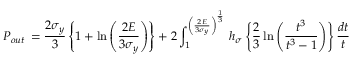
P _ { o u t } \, = \frac { 2 \sigma _ { y } } { 3 } \left\{ 1 + \ln \left( \frac { 2 E } { 3 \sigma _ { y } } \right) \right\} + 2 \int _ { 1 } ^ { \left( \frac { 2 E } { 3 \sigma _ { y } } \right) ^ { \frac { 1 } { 3 } } } \, h _ { \sigma } \left\{ \frac { 2 } { 3 } \ln \left( \frac { t ^ { 3 } } { t ^ { 3 } - 1 } \right) \right\} \frac { d t } { t }